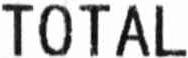
TOTAL